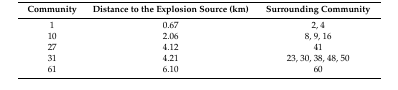
<table><thead><tr><td><b>Community</b></td><td><b>Distance to the Explosion Source (km)</b></td><td><b>Surrounding Community</b></td></tr></thead><tbody><tr><td>1</td><td>0.67</td><td>2, 4</td></tr><tr><td>10</td><td>2.06</td><td>8, 9, 16</td></tr><tr><td>27</td><td>4.12</td><td>41</td></tr><tr><td>31</td><td>4.21</td><td>23, 30, 38, 48, 50</td></tr><tr><td>61</td><td>6.10</td><td>60</td></tr></tbody></table>